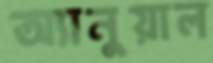
অ্যানুয়াল